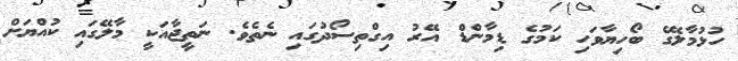
ހުޅުމާލޭގެ ބޯހިޔާވަހި ކަމުގެ ޑިމާންޑް އޭރު އިގްތިސޯދުގައި ނެެތެވެ. ނަތީޖާއަކީ މާލޭގައި ކުއްޔަށް